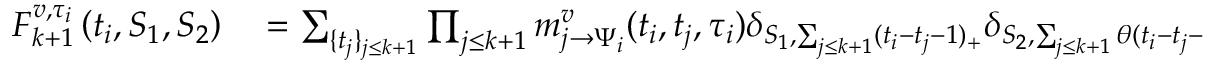
\begin{array} { r l } { F _ { k + 1 } ^ { v , \tau _ { i } } \left( t _ { i } , S _ { 1 } , S _ { 2 } \right) } & { { } = \sum _ { \{ t _ { j } \} _ { j \leq k + 1 } } \prod _ { j \leq k + 1 } m _ { j \to \Psi _ { i } } ^ { v } ( t _ { i } , t _ { j } , \tau _ { i } ) \delta _ { S _ { 1 } , \sum _ { j \leq k + 1 } ( t _ { i } - t _ { j } - 1 ) _ { + } } \delta _ { S _ { 2 } , \sum _ { j \leq k + 1 } \theta ( t _ { i } - t _ { j } - 1 ) } = } \end{array}